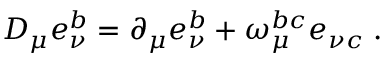
{ \cal D } _ { \mu } e _ { \nu } ^ { b } = \partial _ { \mu } e _ { \nu } ^ { b } + \omega _ { \mu } ^ { b c } e _ { \nu c } \; .